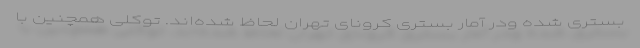
بستری شده ودر آمار بستری کرونای تهران لحاظ شده‌اند. توکلی همچنین با